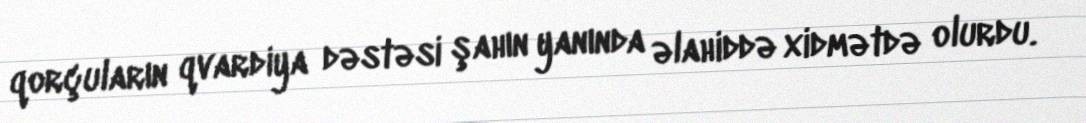
qorçuların qvardiya dəstəsi şahın yanında əlahiddə xidmətdə olurdu.